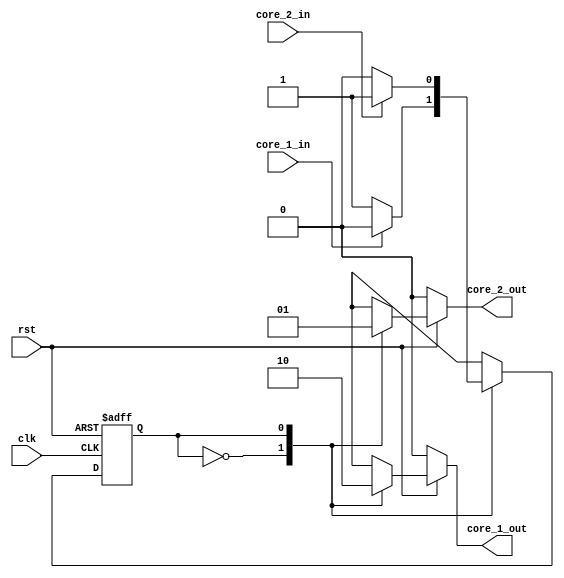
module arbiter(
	input clk,
	input rst,
	input core_1_in,
	input core_2_in,
	output reg core_1_out,
	output reg core_2_out
);

// Only two states for the arbiter.
reg S;
reg NS;

// Name each state
parameter lock_1 = 1'b0,
			 lock_2 = 1'b1;
			 
// Set next state
always@(posedge clk or negedge rst)
begin
	if (rst == 1'b0)
		S = lock_1;
	else
		S = NS;
end

// Decide next state
always@(*)
begin
	case(S)
		lock_1: 
		begin
			if (core_1_in == 1'b1)
				NS = lock_1;
			else
				NS = lock_2;
		end
		lock_2:
		begin
			if (core_2_in == 1'b1)
				NS = lock_2;
			else
				NS = lock_1;		
		end
	endcase
end

// What happens in each state?
always@(*)
begin
	if (rst == 1'b0)
	begin
		core_1_out = 1'b0;
		core_2_out = 1'b0;
	end
	else
	begin
	case(S)
		lock_1: 
		begin
			core_1_out = 1'b1;
			core_2_out = 1'b0;
		end
		lock_2:
		begin
			core_1_out = 1'b0;
			core_2_out = 1'b1;
		end
	endcase
	end
end

endmodule